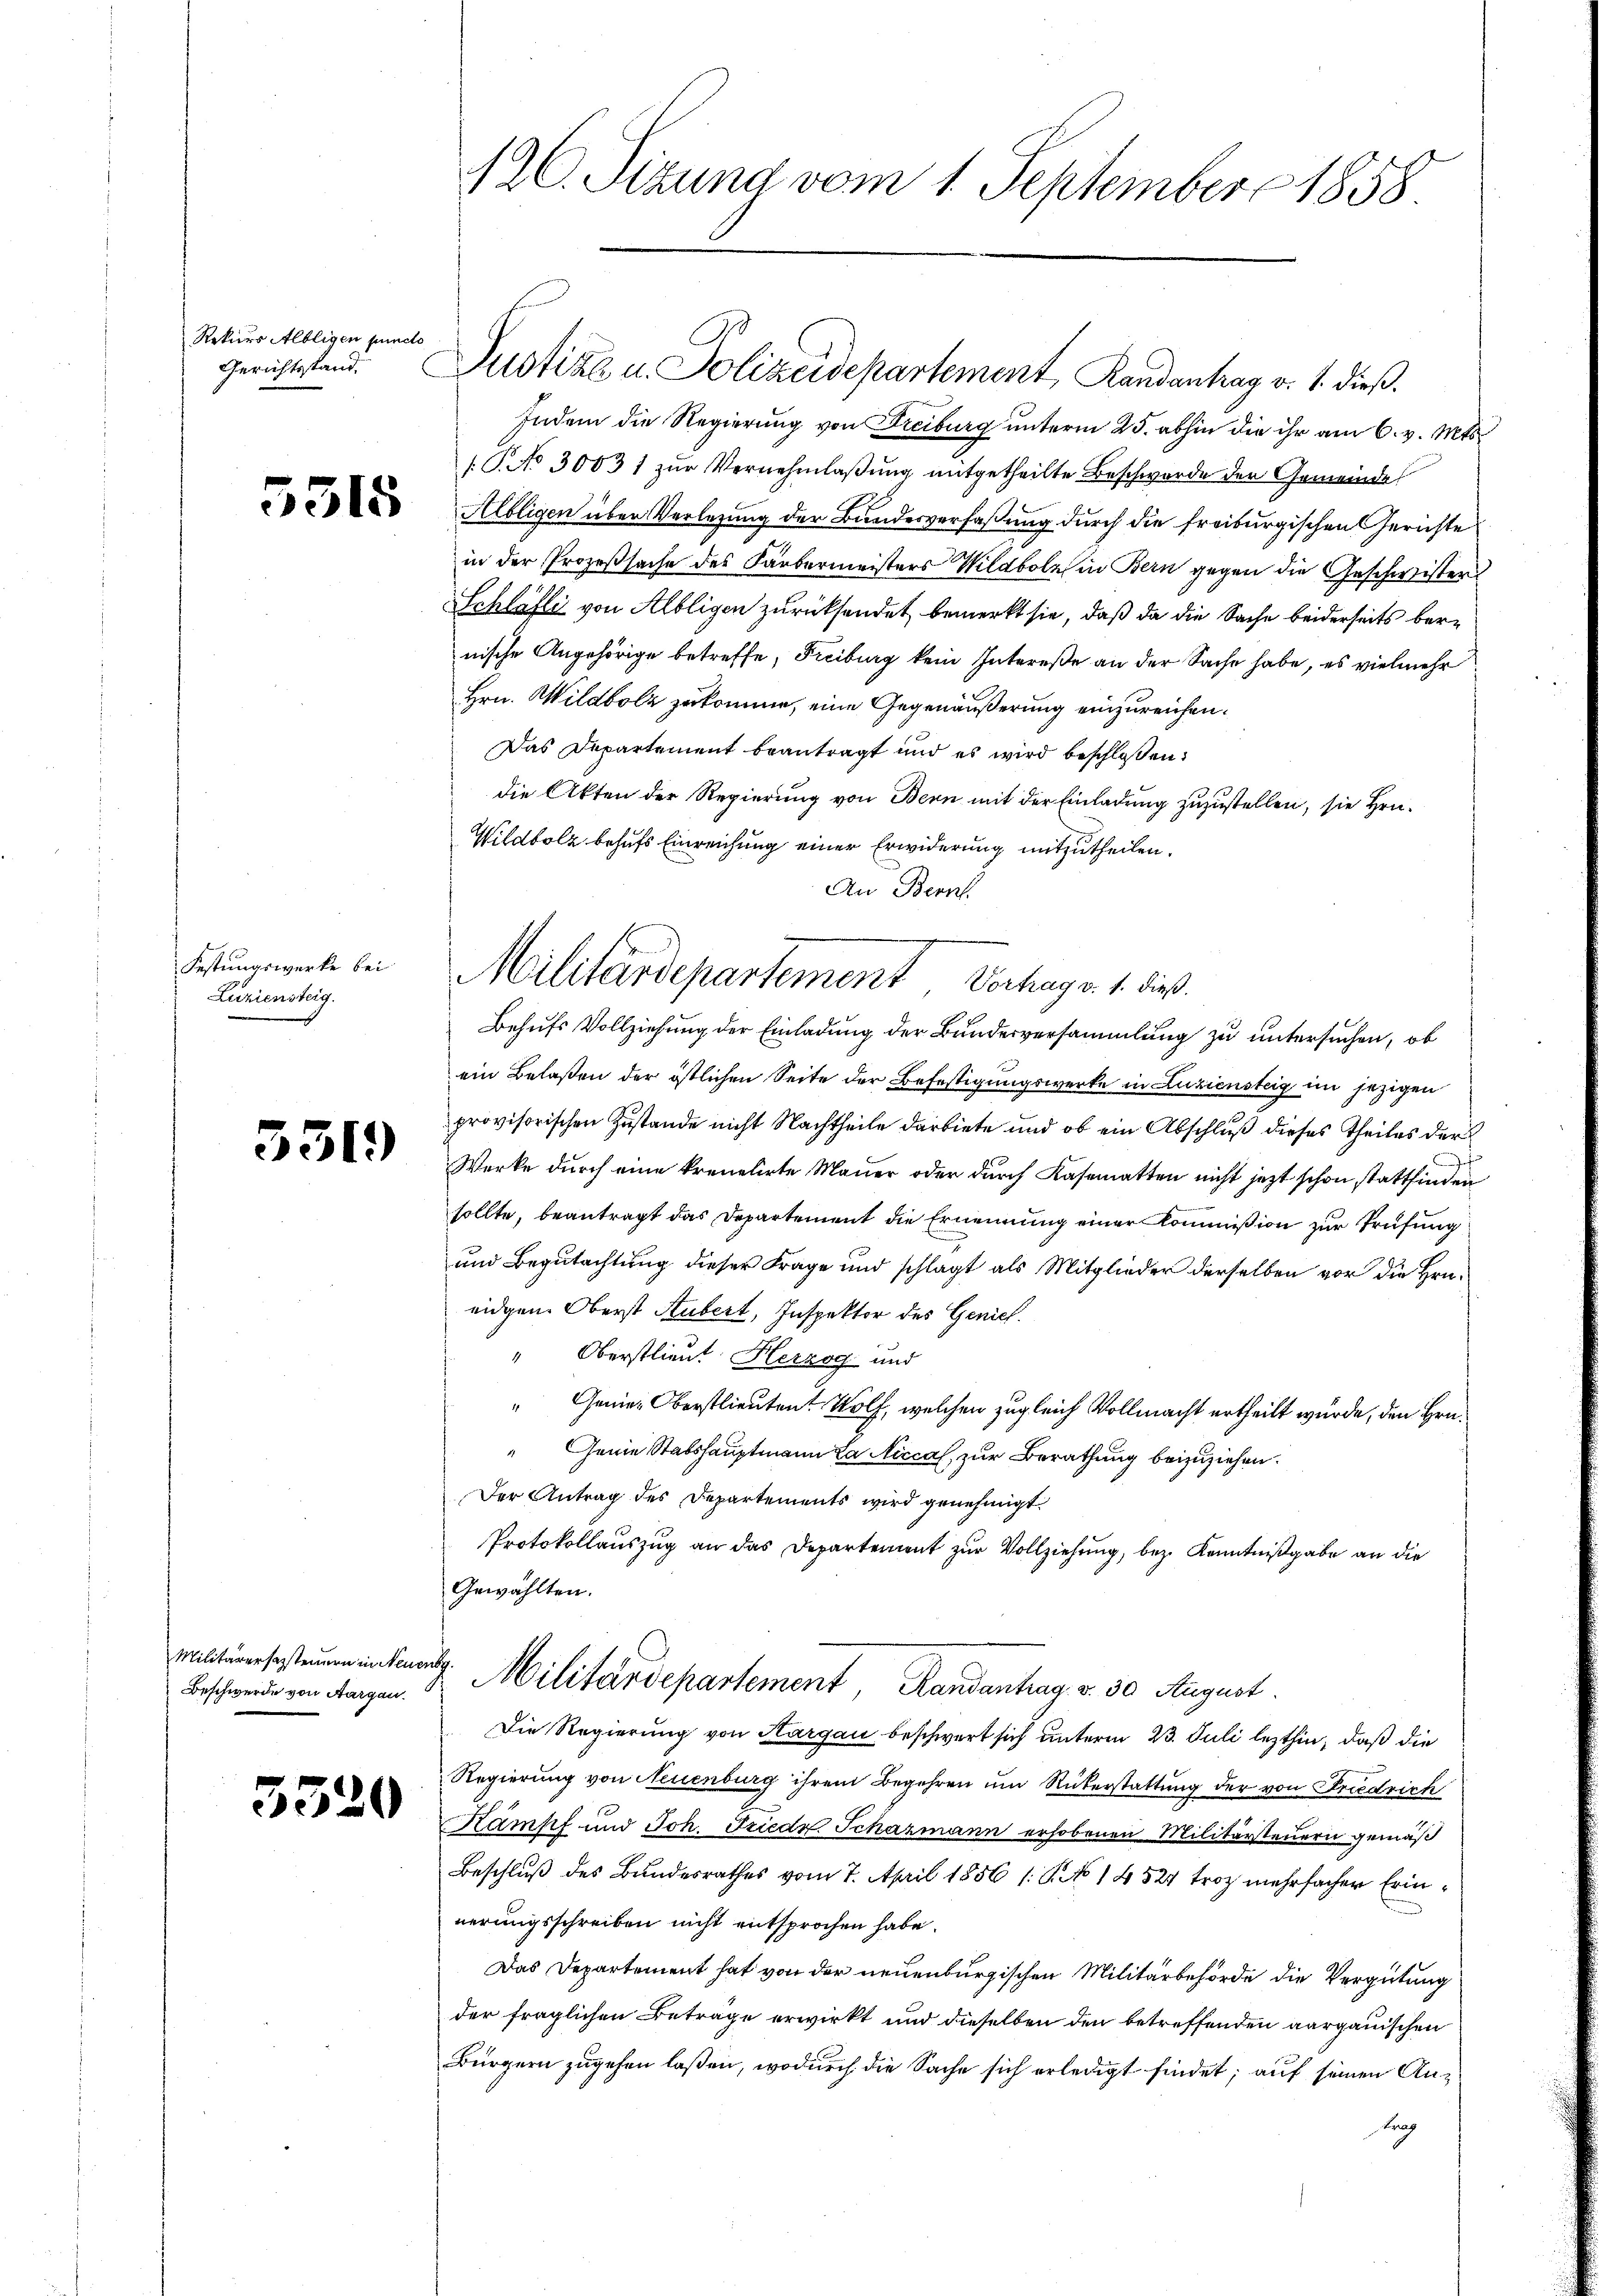
Rekurs Albligen puncto

5315

Festungswerke bei
Luziensteig.

3319

Militärersagsteuern in Neuen

3320

126. Sizung vom 1. September 1858

gerichtstand. Zustiza u. Polizeidepartement, Randantrag v. 1. dieß.

Indem die Regierung von Freiburg unterm 25. abhin die ihr am 6. v. Mts.
.T. No 30031 zur Vernehmlaßung mitgetheilte Beschwerde der Gemeinde
Albligen über Verlegung der Bundesverfaßung durch die freiburgischen Gerichte
in der Prozeßsache des Farbermeisters Wildbolz in Bern gegen die Geschwister
Schläfli von Albligen zurücksendet, bemerkt sie, daß da die Sache beiderseits bernische Angehörige betreffe, Freiburg kein Intereße an der Sache habe, es vielmehr
Hrn. Wildbolz zukomme, eine Gegenäußerung einzureichen.
Das Departement beantragt und es wird beschloßen:
die Akten der Regierung von Bern mit der Einladung zuzustellen, sie Hrn.
Wildbolz behufs Einreichung einer Erwiderung mitzutheilen.
An Bern
Behufs Vollziehung der Einladung der Bundesversammlung zu untersuchen, ob
ein Belaßen der östlichen Seite der Befestigungswerke in Luziensteig im jezigen
provisorischen Zustande nicht Nachtheile darbiete und ob ein Abschluß dieses Theiles der
Werke durch eine kreuelirte Mauer oder durch Kasematten nicht jetzt schon stattfinden
sollte, beantragt das Departement die Ernennung einer Kommißion zur Prüfung
und Begutachtung dieser Frage und schlagt als Mitglieder derselben vor die Hrn.
eidgen. Oberst Hubert, Inspektor des Genich
" Oberstlieut. Herzog und
" Genies Oberstlieuten Wolf, welchen zugleich Vollmacht ertheilt wurde, den Hrn.
" Genie Stabshauptmann La Nicca, zur Berathung beizuziehen.
Der Antrag des Departements wird genehmigt
Protokollauszug an das Departement zur Vollziehung, bez. Kenntnißgabe an die
Gewählten.
Beschweide von Kanzen & Militärdepartement, Randantrag v. 30 August.
Die Regierung von Kargau beschwert sich unterm 23. Juli lezthin, daß die
Regierung von Neuenburg ihrem Begehren um Rükerstattung der von Friedrich
ampf und Joh. Friedr Schazmann erhobenen Militärsteuern gemäß
Beschluß des Bundesrathes vom 7. April 1856 1: P. No 14524 trotz mehrfacher Erinnerungsschreiben nicht entsprochen habe.
Das Departement hat von der neuenburgischen Militärbehörde die Vergütung
der fraglichen Beträge erwirkt und dieselben den betreffenden aargauischen
Bürgern zugehen laßen, wodurch die Sache sich erledigt findet; auf seinen Antag

Militärdepartement Verhag v. 1. dieß.